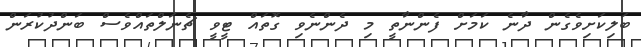
ބަލިކަށިވެގެން ދާނެ ކަމަށް ފެންނާތީ މި ދެންނެވި ގޮތައް ޓީވީ ޗެނަލްތައްވެސް ބަންދުކުރަން